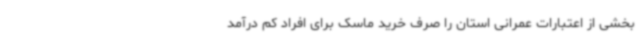
بخشی از اعتبارات عمرانی استان را صرف خرید ماسک برای افراد کم درآمد